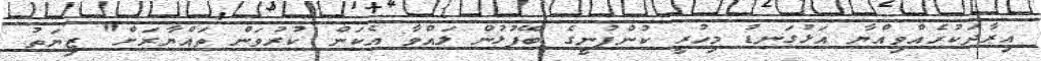
އިރާދަކުރެއްވިއްޔާ އަޅުގަނޑު މިހުރީ ކުންފުނީގެ ބޭފުޅުން ލައްވާ އެކަން ކުރުވަން ތައްޔާރަށް" ޒިޔަތު